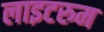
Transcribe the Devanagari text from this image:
लाइटरुम